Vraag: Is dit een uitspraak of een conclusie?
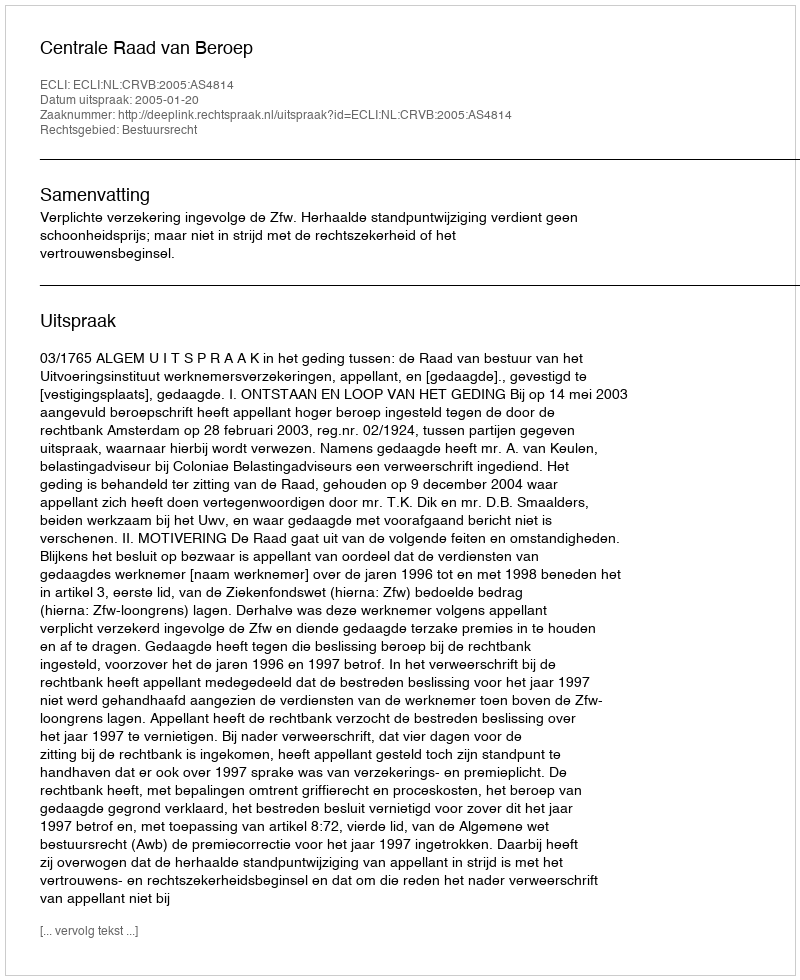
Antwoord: Uitspraak